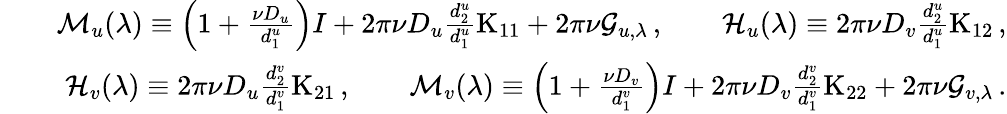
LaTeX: \begin{array}{rlr}&{}&{{\mathcal M}_{u}(\lambda)\equiv\left(1+\frac{\nu D_{u}}{d_{1}^{u}}\right)I+2\pi\nu D_{u}\frac{d_{2}^{u}}{d_{1}^{u}}\mathrm{K}_{11}+2\pi\nu\mathcal{G}_{u,\lambda}\, ,\qquad{\mathcal H}_{u}(\lambda)\equiv 2\pi\nu D_{v}\frac{d_{2}^{u}}{d_{1}^{u}}\mathrm{K}_{12}\, ,}\\ &{}&{{\mathcal H}_{v}(\lambda)\equiv 2\pi\nu D_{u}\frac{d_{2}^{v}}{d_{1}^{v}}\mathrm{K}_{21}\, ,\qquad{\mathcal M}_{v}(\lambda)\equiv\left(1+\frac{\nu D_{v}}{d_{1}^{v}}\right)I+2\pi\nu D_{v}\frac{d_{2}^{v}}{d_{1}^{v}}\mathrm{K}_{22}+2\pi\nu\mathcal{G}_{v,\lambda}\, .}\end{array}